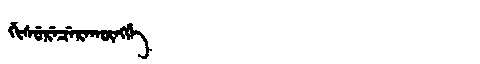
Manchu: ᡤᡳᠰᡠᡵᡝᠴᡝᡵᠠᡴᡡᠩᡤᡝ
Romanization: GISURECERAKŪNGGE